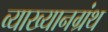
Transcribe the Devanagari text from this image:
व्याख्यानग्रंथ